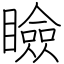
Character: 瞼